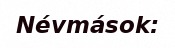
Névmások: